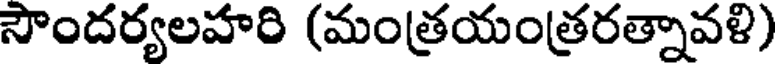
సౌందర్యలహరి (మంత్రయంత్రరత్నావళి)